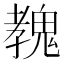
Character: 𩳔